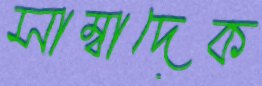
সাম্বাদেক